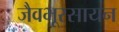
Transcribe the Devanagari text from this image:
जैवभूरसायन